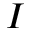
I